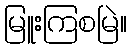
မြူးကြစမြဲ။